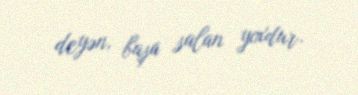
deyən, başa salan yoxdur.